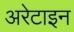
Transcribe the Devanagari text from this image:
अरेटाइन